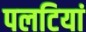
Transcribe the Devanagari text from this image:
पलटियां